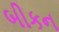
બીકન